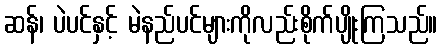
ဆန်၊ ပဲပင်နှင့် မဲနည်ပင်များကိုလည်းစိုက်ပျိုးကြသည်။